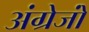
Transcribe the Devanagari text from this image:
अंग्रेजोंं